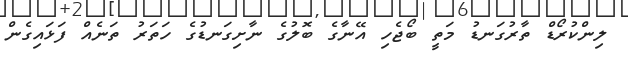
ލިންކުރޯޑް ތާރުގަނޑު މަތީ ބޯޖެހި އޭނާގެ ބޮލުގެ ނާށިގަނޑުގެ ހަތަރު ތަނެއް ފަޅައިގެން